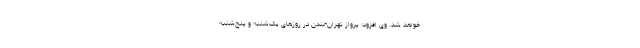
خواهد شد. وی افزود: پرواز تهران-لندن در روزهای یک‌شنبه و پنج‌شنبه